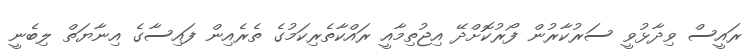
ރައީސް ވިދާޅުވީ ސަރުކާރުން ފޯރުކޮށްދޭ އިޖުތިމާއީ ރައްކާތެރިކަމުގެ ތެރެއިން ފައިސާގެ އިނާޔަތް ލިބެނީ